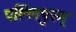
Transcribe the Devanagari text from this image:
पल्लिपुरम्